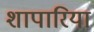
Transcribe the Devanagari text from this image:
शापारिया